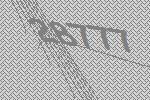
28777